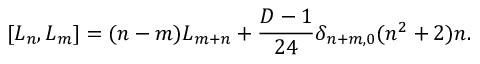
\lbrack L _ { n } , L _ { m } \rbrack = ( n - m ) L _ { m + n } + \frac { D - 1 } { 2 4 } \delta _ { n + m , 0 } ( n ^ { 2 } + 2 ) n .